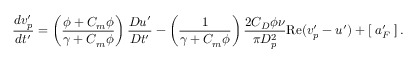
\frac { d v _ { p } ^ { \prime } } { d t ^ { \prime } } = \left( \frac { \phi + C _ { m } \phi } { \gamma + C _ { m } \phi } \right) \frac { D u ^ { \prime } } { D t ^ { \prime } } - \left( \frac { 1 } { \gamma + C _ { m } \phi } \right) \frac { 2 C _ { D } \phi \nu } { \pi D _ { p } ^ { 2 } } \mathrm { R e } ( v _ { p } ^ { \prime } - u ^ { \prime } ) + \left[ \; a _ { F } ^ { \prime } \; \right] .